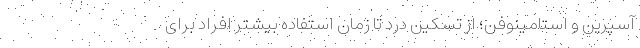
آسپرین و استامینوفن؛ از تسکین درد تا زمان استفاده بیشتر افراد برای